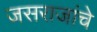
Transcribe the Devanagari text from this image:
जसराजांचे